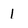
Character: 1